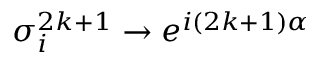
\sigma _ { i } ^ { 2 k + 1 } \rightarrow e ^ { i ( 2 k + 1 ) \alpha }